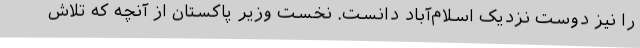
را نیز دوست نزدیک اسلام‌آباد دانست. نخست وزیر پاکستان از آنچه که تلاش